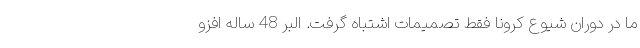
ما در دوران شیوع کرونا فقط تصمیمات اشتباه گرفت. البر 48 ساله افزو